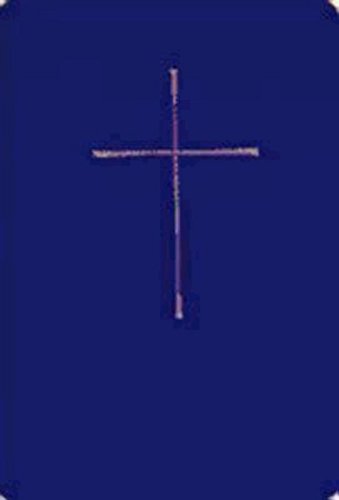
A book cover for The Book of Common Prayer Study Edition: Blue Paperback; Church Publishing; Christian Books & Bibles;